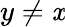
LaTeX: y\ne\mathit{x}